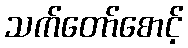
သက်တော်စောင့်